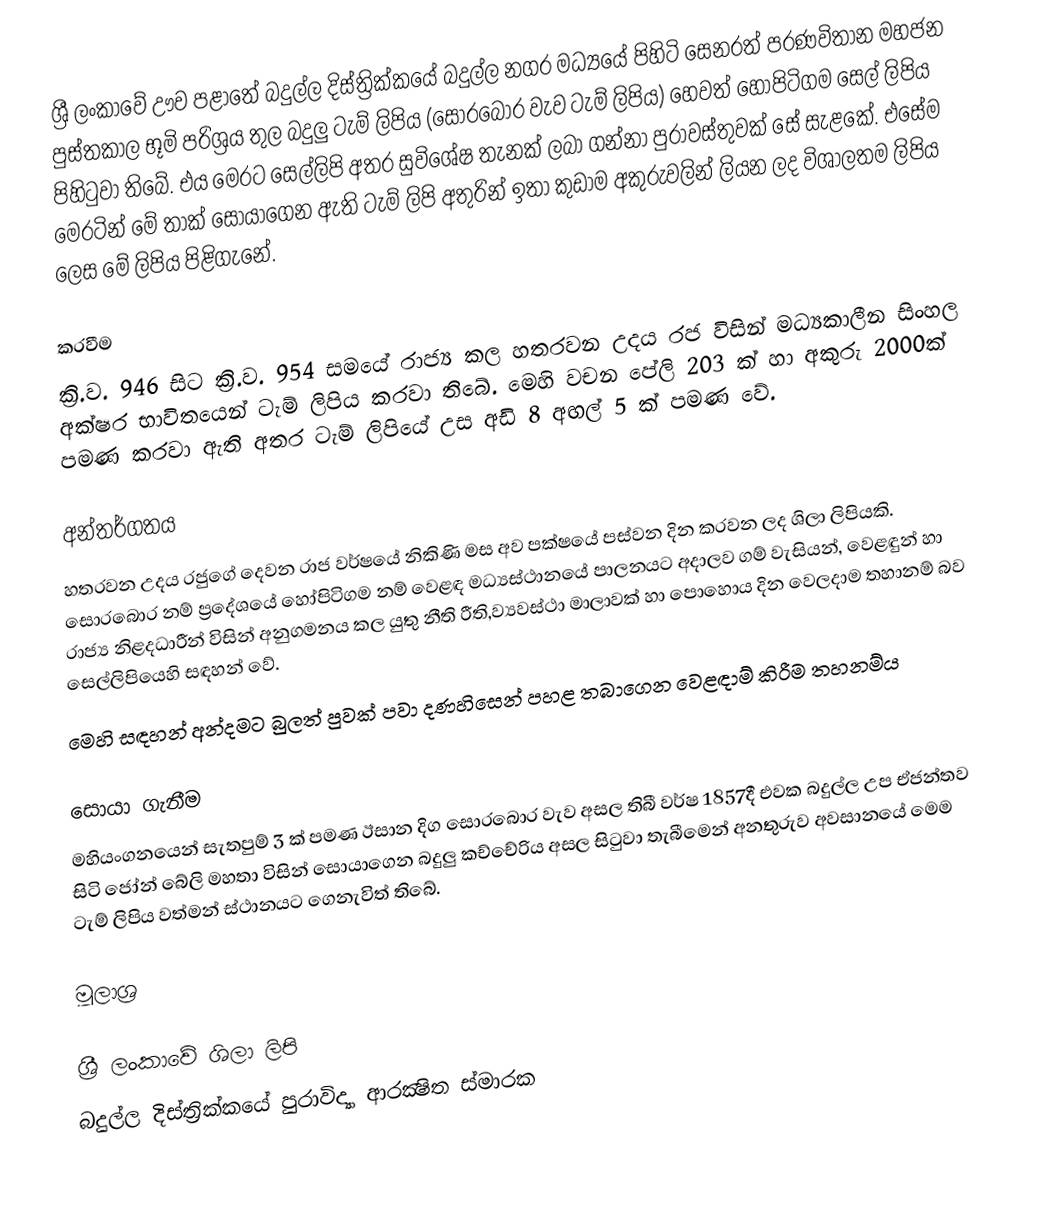
ශ්‍රී ලංකාවේ ඌව පළාතේ බදුල්ල දිස්ත්‍රික්කයේ බදුල්ල නගර මධ්‍යයේ පිහිටි සෙනරත් පරණවිතාන මහජන පුස්තකාල භූමි පරිශ්‍රය තුල බදුලු ටැම් ලිපිය (සොරබොර වැව ටැම් ලිපිය) හෙවත් හෝපිටිගම සෙල් ලිපිය පිහිටුවා තිබේ. එය මෙරට සෙල්ලිපි අතර සුවිශේෂ තැනක් ලබා ගන්නා පුරාවස්තුවක් සේ සැළකේ. එසේම මෙරටින් මේ තාක් සොයාගෙන ඇති ටැම් ලිපි අතුරින් ඉතා කුඩාම අකුරුවලින් ලියන ලද විශාලතම ලිපිය ලෙස මේ ලිපිය පිළිගැනේ.

කරවීම
ක්‍රි.ව. 946 සිට ක්‍රි.ව. 954 සමයේ රාජ්‍ය කල හතරවන උදය රජ විසින් මධ්‍යකාලීන සිංහල අක්ෂර භාවිතයෙන් ටැම් ලිපිය කරවා තිබේ. මෙහි වචන පේලි 203 ක් හා අකුරු 2000ක් පමණ කරවා ඇති අතර ටැම් ලිපියේ උස අඩි 8 අඟල් 5 ක් පමණ වේ.

අන්තර්ගතය
හතරවන උදය රජුගේ දෙවන රාජ වර්ෂයේ නිකිණි මස අව පක්ෂයේ පස්වන දින කරවන ලද ශිලා ලිපියකි. සොරබොර නම් ප්‍රදේශයේ හෝපිටිගම නම් වෙළඳ මධ්‍යස්ථානයේ පාලනයට අදාලව ගම් වැසියන්, වෙළඳුන් හා රාජ්‍ය නිළදධාරීන් විසින් අනුගමනය කල යුතු නීති රීති,ව්‍යවස්ථා මාලාවක් හා පොහොය දින වෙලදාම තහානම් බව සෙල්ලිපියෙහි සඳහන් වේ.
මෙහි සඳහන් අන්දමට බුලත් පුවක් පවා දණහිසෙන් පහළ තබාගෙන වෙළඳාම් කිරීම තහනම්ය

සොයා ගැනීම
මහියංගනයෙන් සැතපුම් 3 ක් පමණ ඊසාන දිග සොරබොර වැව අසල තිබී වර්ෂ 1857දී එවක බදුල්ල උප ඒජන්තව සිටි ජෝන් බේලි මහතා විසින් සොයාගෙන බදුලු කච්චේරිය අසල සිටුවා තැබීමෙන් අනතුරුව අවසානයේ මෙම ටැම් ලිපිය වත්මන් ස්ථානයට ගෙනැවිත් තිබේ.

මූලාශ්‍ර

ශ්‍රී ලංකාවේ ශිලා ලිපි
බදුල්ල දිස්ත්‍රික්කයේ පුරාවිද්‍යා ආරක්‍ෂිත ස්මාරක